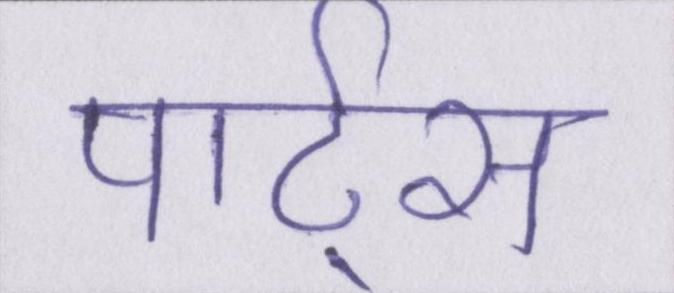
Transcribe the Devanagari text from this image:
पार्ट्स